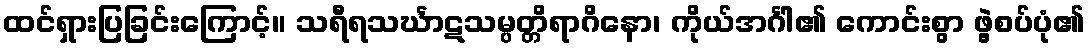
ထင်ရှားပြခြင်းကြောင့်။ သရီရသင်္ဃာဋသမ္ပတ္တိရာဂိနော၊ ကိုယ်အင်္ဂါ၏ ကောင်းစွာ ဖွဲ့စပ်ပုံ၏